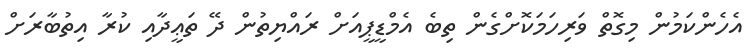
އެހެންކަމުން މިގޮތް ވަރިހަމަކޮށްގެން ތިބެ އެމްޑީޕީއަށް ރައްޔިތުން ދޭ ތަޢީދާއި ކުރާ އިތުބާރަށް